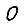
Digit: 0